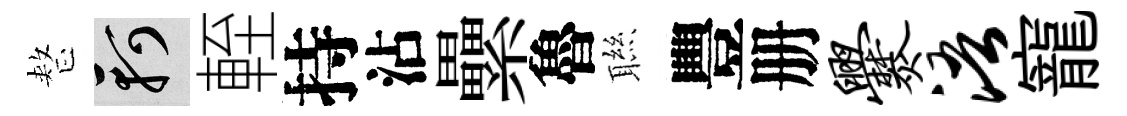
整軻輊持沾纍魯聮豐册爨浯寵